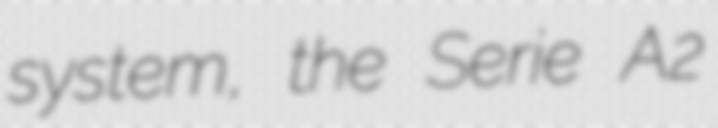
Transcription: system, the Serie A2